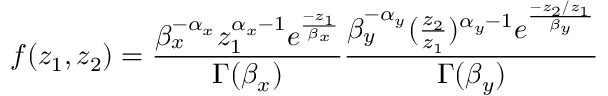
f ( z _ { 1 } , z _ { 2 } ) = \frac { \beta _ { x } ^ { - \alpha _ { x } } z _ { 1 } ^ { \alpha _ { x } - 1 } e ^ { \frac { - z _ { 1 } } { \beta _ { x } } } } { \Gamma ( \beta _ { x } ) } \frac { \beta _ { y } ^ { - \alpha _ { y } } ( \frac { z _ { 2 } } { z _ { 1 } } ) ^ { \alpha _ { y } - 1 } e ^ { \frac { - z _ { 2 } / z _ { 1 } } { \beta _ { y } } } } { \Gamma ( \beta _ { y } ) }